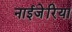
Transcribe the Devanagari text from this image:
नाईजेरिया